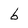
Character: b